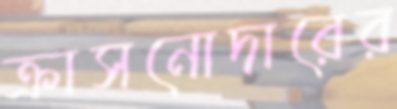
ক্রাসনোদারের